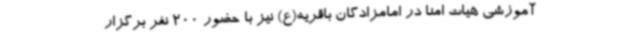
آموزشی هیات امنا در امامزادگان باقریه(ع) نیز با حضور 200 نفر برگزار